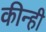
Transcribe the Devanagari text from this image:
कीन्‍ही